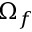
\Omega _ { f }